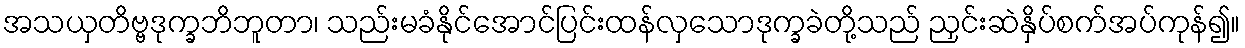
အသယှတိဗ္ဗဒုက္ခဘိဘူတာ၊ သည်းမခံနိုင်အောင်ပြင်းထန်လှသောဒုက္ခခဲတို့သည် ညှင်းဆဲနှိပ်စက်အပ်ကုန်၍။